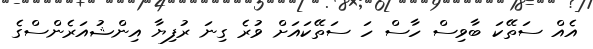
އެއް ސަތޭކަ ބާވިސް ހާސް ހަ ސަތޭކައަށް ވުރެ ގިނަ ރުފިޔާ އިންޝުއަރެންސްގެ